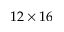
1 2 \times 1 6